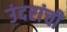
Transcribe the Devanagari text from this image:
उंदरांची